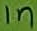
Text: 1n